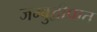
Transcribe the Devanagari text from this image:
जम्बुद्वीपात